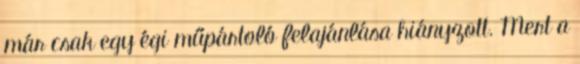
már csak egy égi műpártoló felajánlása hiányzott. Mert a